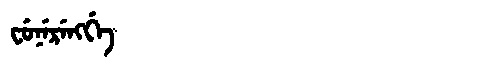
Manchu: ᠸᡠᠨᡝᡵᡝᠩᡤᡝ
Romanization: FUNERENGGE